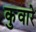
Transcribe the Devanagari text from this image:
कुवारे